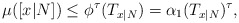
\begin{align*}\mu([x|N])\leq \phi^\tau(T_{x|N})=\alpha_1(T_{x|N})^\tau,\end{align*}